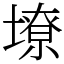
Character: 㙩